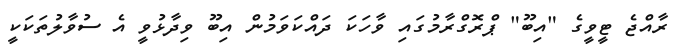
ރާއްޖެ ޓީވީގެ "އިބޫ" ޕްރޮގްރާމުގައި ވާހަކަ ދައްކަވަމުން އިބޫ ވިދާޅުވީ އެ ސުވާލުތަކަކީ